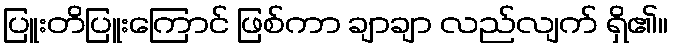
ပြူးတိပြူးကြောင် ဖြစ်ကာ ချာချာ လည်လျက် ရှိ၏။